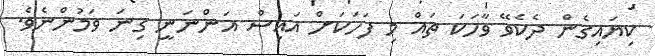
ކިޔައިގެން ދެކެވޭ ވާހަކަ ތައް މި ފަހަކަށް އައިސް އަންނަނީ ގިނަ ވަމުންނެވެ.